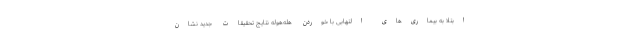
ابتلا به بیماری‌های التهابی با خوردن هله‌هوله نتایج تحقیقات جدید نشان